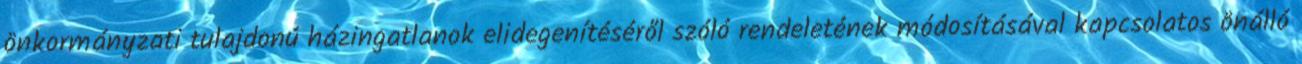
önkormányzati tulajdonú házingatlanok elidegenítéséről szóló rendeletének módosításával kapcsolatos önálló